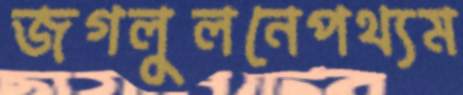
জগলুলনেপথ্যম